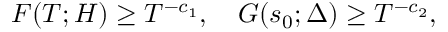
F ( T ; H ) \geq T ^ { - c _ { 1 } } , \quad G ( s _ { 0 } ; \Delta ) \geq T ^ { - c _ { 2 } } ,